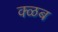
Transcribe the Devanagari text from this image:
क्ळब